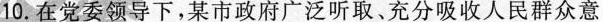
10.在党委领导下，某市政府广泛听取、充分吸收人民群众意